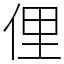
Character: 俚